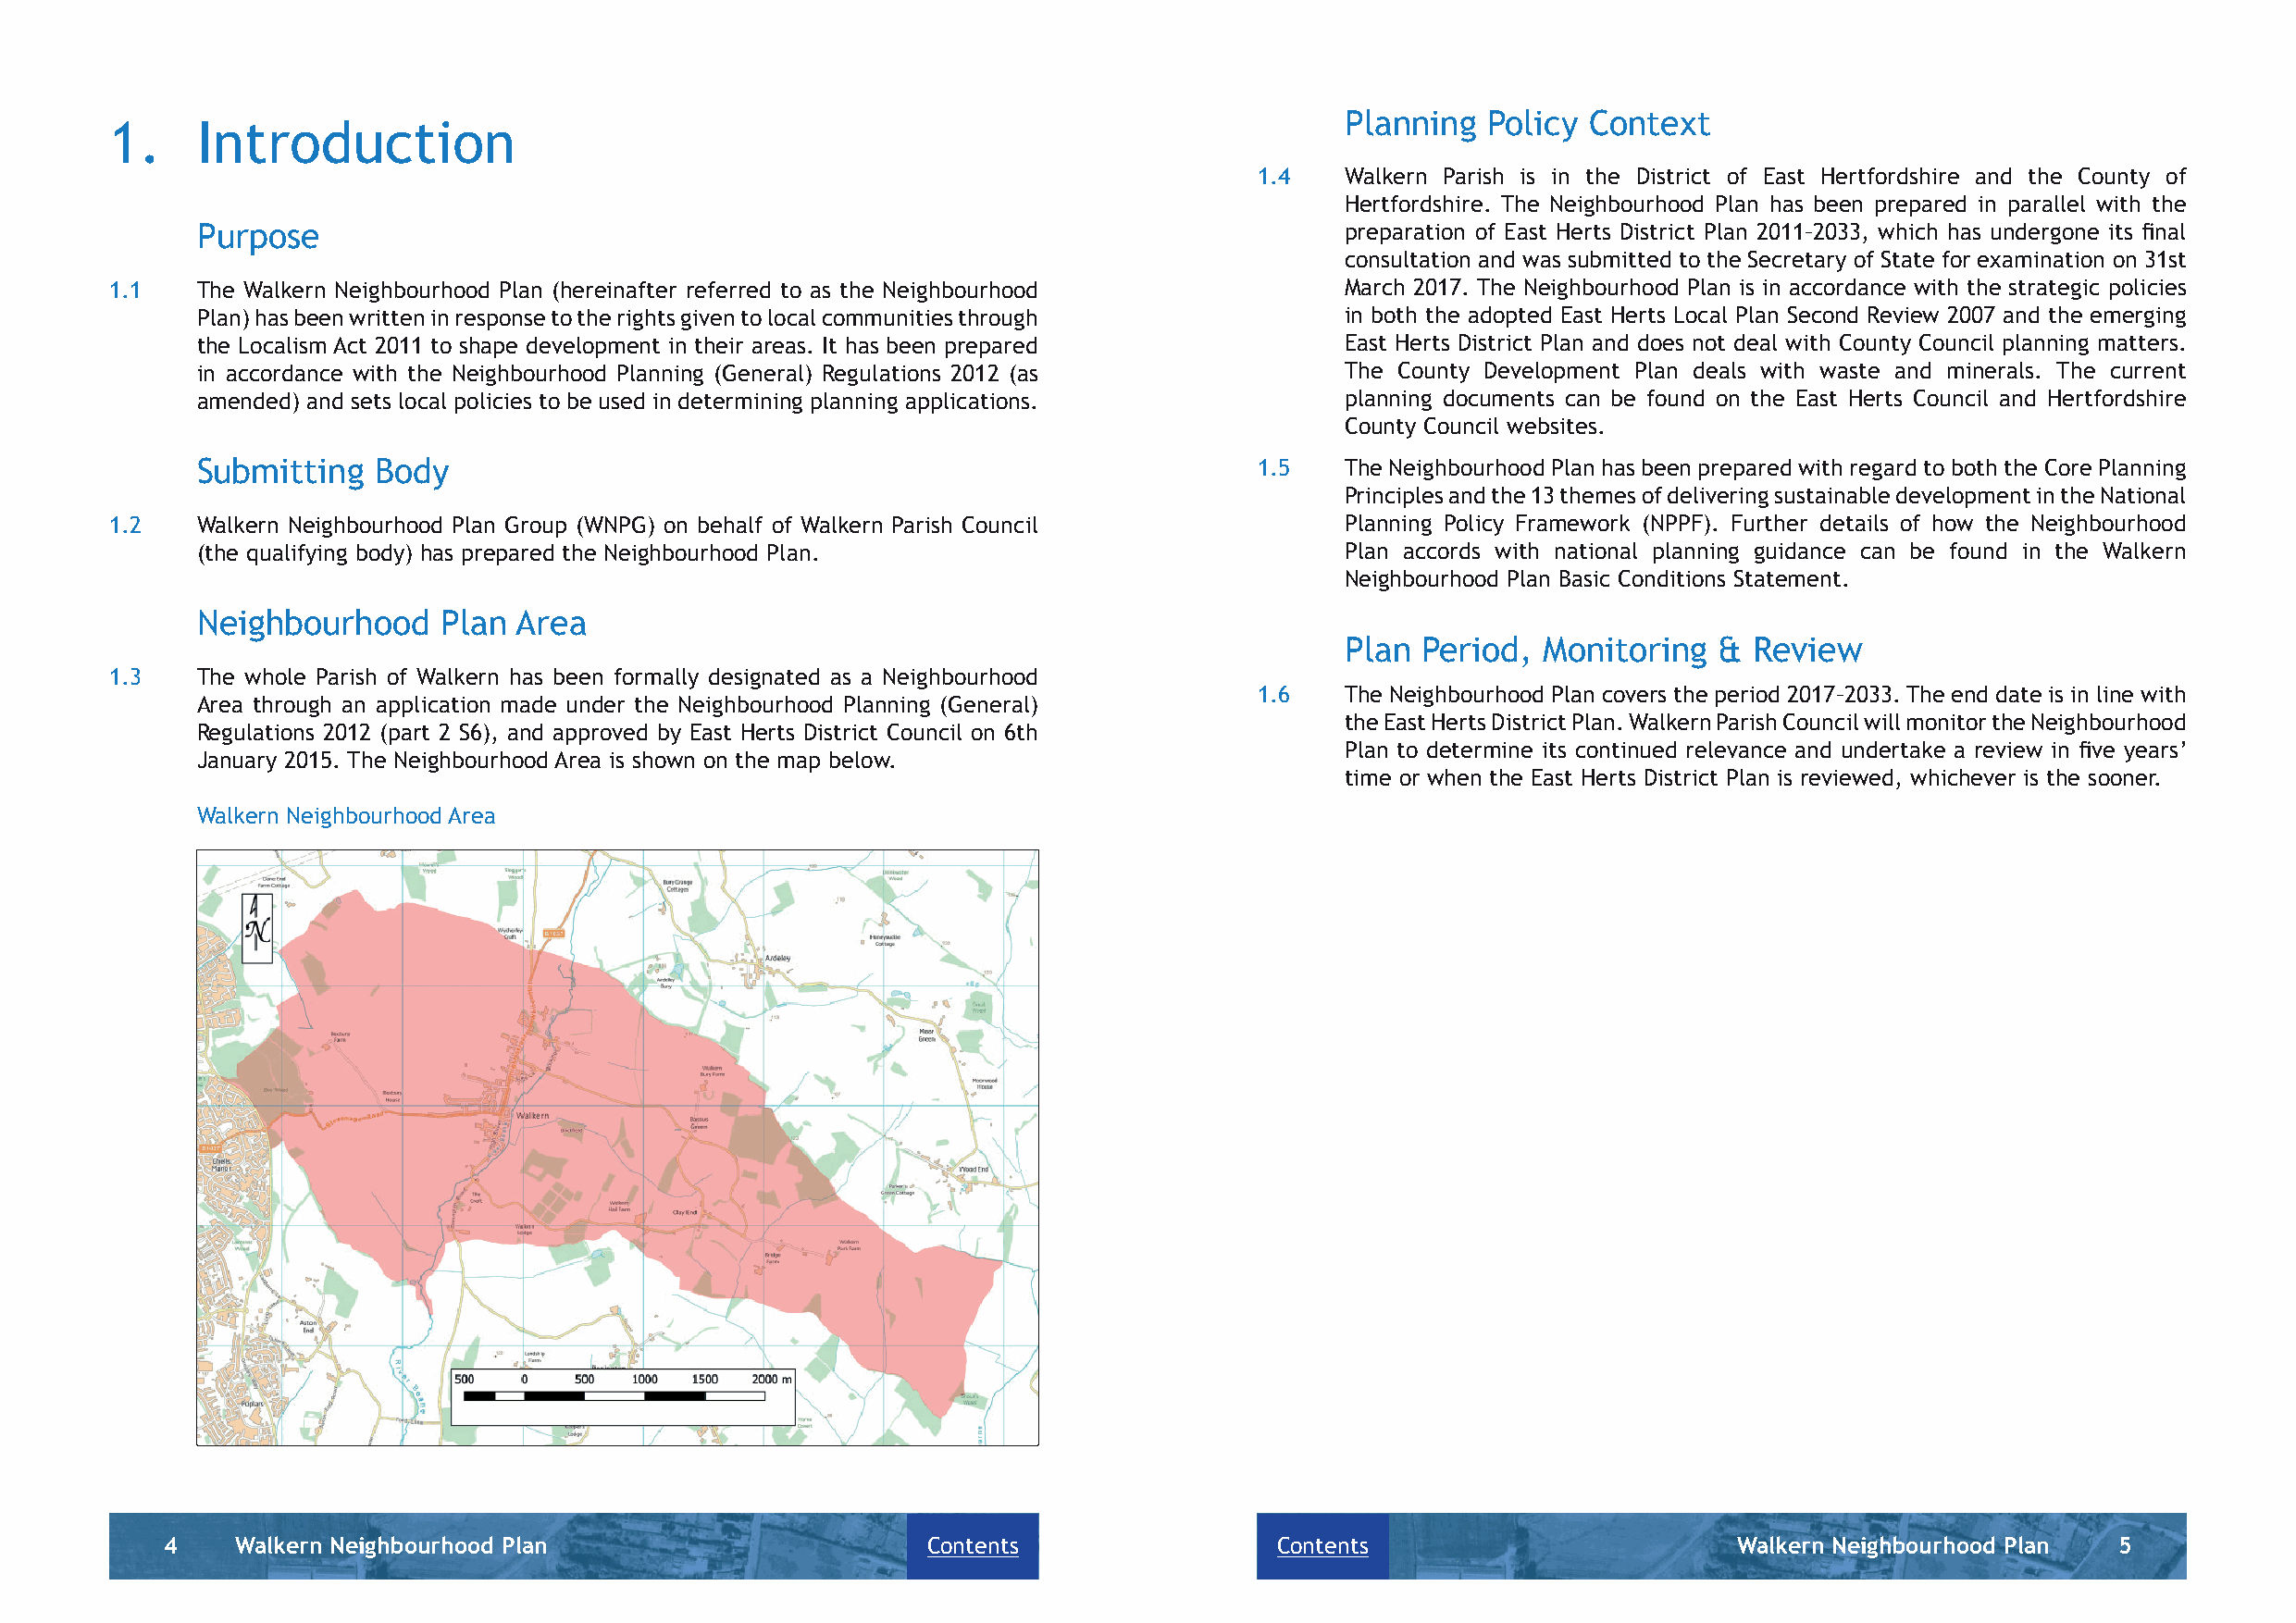
Planning  Policy  Context
 1.    Introduction
 1.4   Walkern Parish is in the District of East Hertfordshire and the County of
 Hertfordshire. The Neighbourhood Plan has been prepared in parallel with the
 Purpose                                                                           preparation of East Herts District Plan 2011–2033, which has undergone its fi nal
 consultation and was submitted to the Secretary of State for examination on 31st
 1.1   The Walkern Neighbourhood Plan (hereinafter referred to as the Neighbourhood      March 2017. The Neighbourhood Plan is in accordance with the strategic policies
 Plan) has been written in response to the rights given to local communities through in both the adopted East Herts Local Plan Second Review 2007 and the emerging
 the Localism Act 2011 to shape development in their areas. It has been prepared   East Herts District Plan and does not deal with County Council planning matters.
 in accordance with the Neighbourhood Planning (General) Regulations 2012 (as      The County Development Plan deals with waste and minerals. The current
 amended) and sets local policies to be used in determining planning applications. planning documents can be found on the East Herts Council and Hertfordshire
 County Council websites.
 Submitting   Body                                                           1.5   The Neighbourhood Plan has been prepared with regard to both the Core Planning
 Principles and the 13 themes of delivering sustainable development in the National
 1.2   Walkern Neighbourhood Plan Group (WNPG) on behalf of Walkern Parish Council       Planning Policy Framework (NPPF). Further details of how the Neighbourhood
 (the qualifying body) has prepared the Neighbourhood Plan.                        Plan accords with national planning guidance can be found in the Walkern
 Neighbourhood Plan Basic Conditions Statement.
 Neighbourhood     Plan Area
 Plan  Period, Monitoring   & Review
 1.3   The whole Parish of Walkern has been formally designated as a Neighbourhood
 1.6   The Neighbourhood Plan covers the period 2017–2033. The end date is in line with
 Area through an application made under the Neighbourhood Planning (General)
 the East Herts District Plan. Walkern Parish Council will monitor the Neighbourhood
 Regulations 2012 (part 2 S6), and approved by East Herts District Council on 6th
 Plan to determine its continued relevance and undertake a review in fi ve years’
 January 2015. The Neighbourhood Area is shown on the map below.
 time or when the East Herts District Plan is reviewed, whichever is the sooner.
 Walkern Neighbourhood Area
 4    Walkern Neighbourhood Plan                       Contents                 Contents                         Walkern Neighbourhood Plan  5